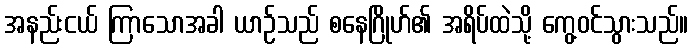
အနည်းငယ် ကြာသောအခါ ယာဉ်သည် စနေဂြိုဟ်၏ အရိပ်ထဲသို့ ကွေ့ဝင်သွားသည်။